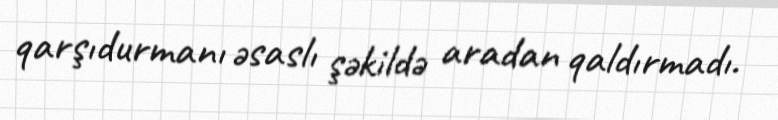
qarşıdurmanı əsaslı şəkildə aradan qaldırmadı.